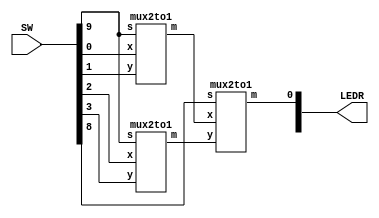
module mux(LEDR, SW);
    input [9:0] SW;
    output [9:0] LEDR;

    wire ConnectUV;
    wire ConnectWX;

    mux2to1 u0(
        .x(SW[0]), // U
        .y(SW[1]), // V
        .s(SW[9]), // s0
        .m(ConnectUV)
        );


    mux2to1 u1(
        .x(SW[2]), // U
        .y(SW[3]), // V
        .s(SW[9]), // s0
        .m(ConnectWX)
        );


    mux2to1 u2(
        .x(ConnectUV), // W
        .y(ConnectWX), // X
        .s(SW[8]), // s0
        .m(LEDR[0])
        );
endmodule

module mux2to1(x, y, s, m);
    input x; //selected when s is 0
    input y; //selected when s is 1
    input s; //select signal
    output m; //output

    assign m = s & y | ~s & x;
    // OR
    // assign m = s ? y : x;

endmodule